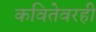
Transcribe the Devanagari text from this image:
कवितेवरही